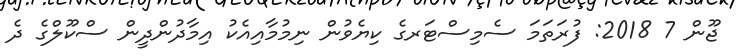
ޖޫން 7 2018: ފުރަތަމަ ސެމިސްޓަރގެ ކިޔެވުން ނިމުމާއިއެކު އިމާދުންދީން ސްކޫލްގެ ދެ